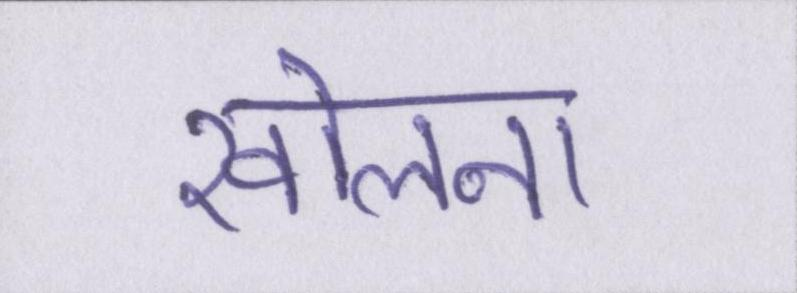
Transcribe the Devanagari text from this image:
खोलना